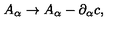
A _ { \alpha } \rightarrow A _ { \alpha } - \partial _ { \alpha } c ,